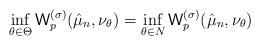
LaTeX: \begin{align*} \inf_{\theta\in \Theta}{\sf W}_p^{(\sigma)}(\hat \mu_n,\nu_{\theta})=\inf_{\theta\in N}{\sf W}_p^{(\sigma)}(\hat \mu_n,\nu_{\theta}) \end{align*}